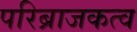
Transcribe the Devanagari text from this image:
परिब्राजकत्व